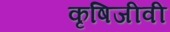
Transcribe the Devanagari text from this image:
कृषिजीवी